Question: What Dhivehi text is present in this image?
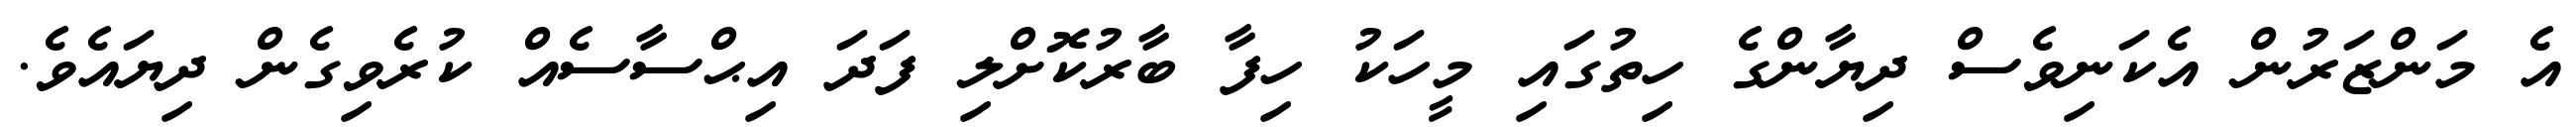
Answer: އެ މަންޒަރުން އެކަނިވެސް ދިޔާންގެ ހިތުގައި މީހަކު ހިފާ ބާރުކޮށްލި ފަދަ އިޙްސާސެއް ކުރެވިގެން ދިޔައެވެ.